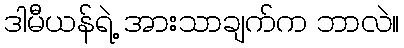
ဒါမီယန်ရဲ့ အားသာချက်က ဘာလဲ။